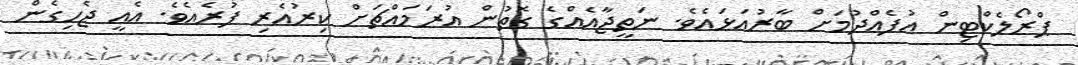
ޕްރޯލެކްޓިން އުފެއްދުމަށް ބާރުއަޅައެވެ. ނަތީޖާއެއްގެ ގޮތުން އުރަމައްޗަށް ކިރުއެރި ފުރެއެވެ. އެއީ ޖެހިގެން